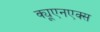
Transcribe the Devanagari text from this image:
क्यूएनएक्स